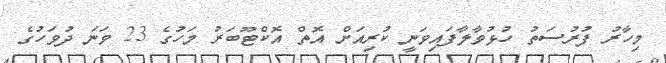
މިހާރު ފުރުސަތު ހުޅުވާލާފައިވަނީ ކުރިއަށް އޮތް އޮކްޓޫބަރު މަހުގެ 23 ވަނަ ދުވަހުގެ